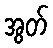
အွတ်